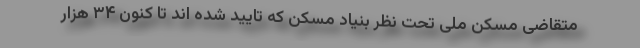
متقاضی مسکن ملی تحت نظر بنیاد مسکن که تایید شده اند تا کنون ۳۴ هزار